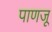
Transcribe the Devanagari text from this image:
पाणजू